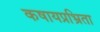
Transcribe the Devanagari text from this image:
कषायप्रभ्रिता